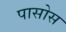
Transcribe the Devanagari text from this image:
पासोस